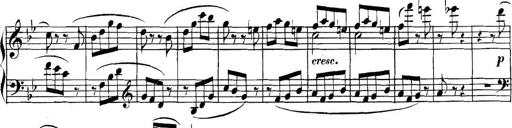
Title: Collected Piano Sonatas
Composer: Muzio Clementi